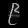
Digit: ၉